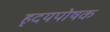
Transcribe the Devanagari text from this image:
हृदयपोषक